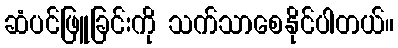
ဆံပင်ဖြူခြင်းကို သက်သာစေနိုင်ပါတယ်။